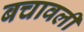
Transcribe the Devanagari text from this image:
बचावली